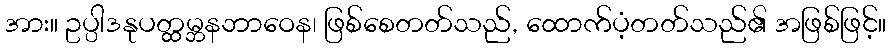
အား။ ဥပ္ပါဒနုပတ္ထမ္ဘနဘာဝေန၊ ဖြစ်စေတတ်သည်, ထောက်ပံ့တတ်သည်၏ အဖြစ်ဖြင့်။